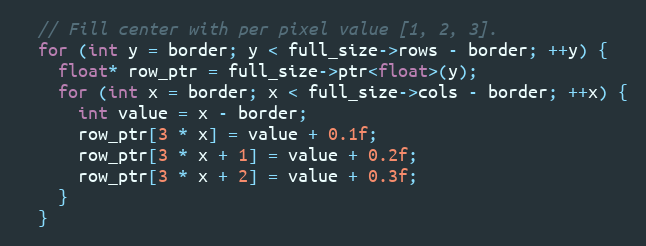
Language: C++
  // Fill center with per pixel value [1, 2, 3].
  for (int y = border; y < full_size->rows - border; ++y) {
    float* row_ptr = full_size->ptr<float>(y);
    for (int x = border; x < full_size->cols - border; ++x) {
      int value = x - border;
      row_ptr[3 * x] = value + 0.1f;
      row_ptr[3 * x + 1] = value + 0.2f;
      row_ptr[3 * x + 2] = value + 0.3f;
    }
  }